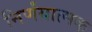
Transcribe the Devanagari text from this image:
निर्णंयात्मक